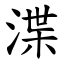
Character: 渫